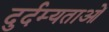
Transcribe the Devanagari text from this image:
दुर्दम्यताओं